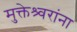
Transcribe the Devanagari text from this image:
मुक्तेश्र्वरांना